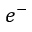
e ^ { - }